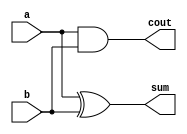
module top_module (
    input wire a,
    input wire b,
    output wire sum,
    output wire cout
);
    // Half adder logic:
    // sum is the XOR of a and b
    // cout is the AND of a and b
    assign sum = a ^ b;
    assign cout = a & b;
endmodule